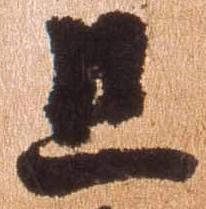
且